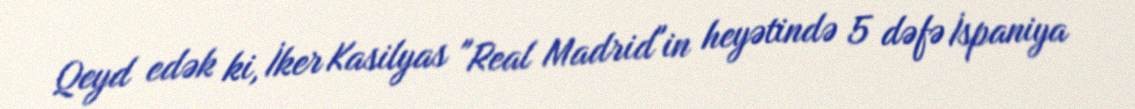
Qeyd edək ki, İker Kasilyas "Real Madrid"in heyətində 5 dəfə İspaniya